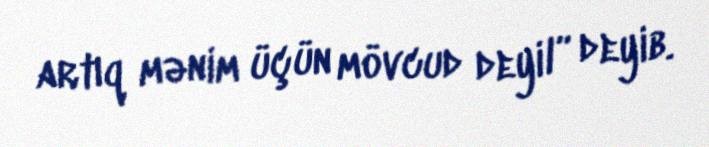
artıq mənim üçün mövcud deyil” deyib.